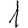
Digit: 1